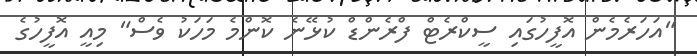
"އަހަރެމެން އޮފީހުގައި ސީކްރެޓް ފްރެންޑް ކުޅޭނެ ކޮންމެ މަހަކު ވެސް" މިއީ އޮފީހުގެ